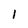
Character: 1